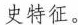
史特征。